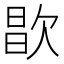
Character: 𣣘